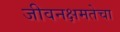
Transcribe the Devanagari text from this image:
जीवनक्षमतेचा